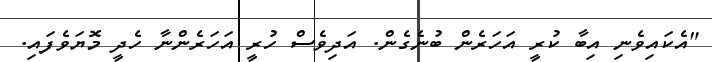
"އެކައިވެނި އިބާ ކުރީ އަހަރެން ބުނެގެން. އަދިވެސް ހުރީ އަހަރެންނާ ހެދީ މޮޔަވެފައި.